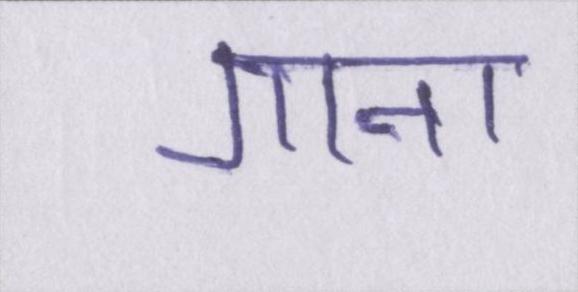
गाना